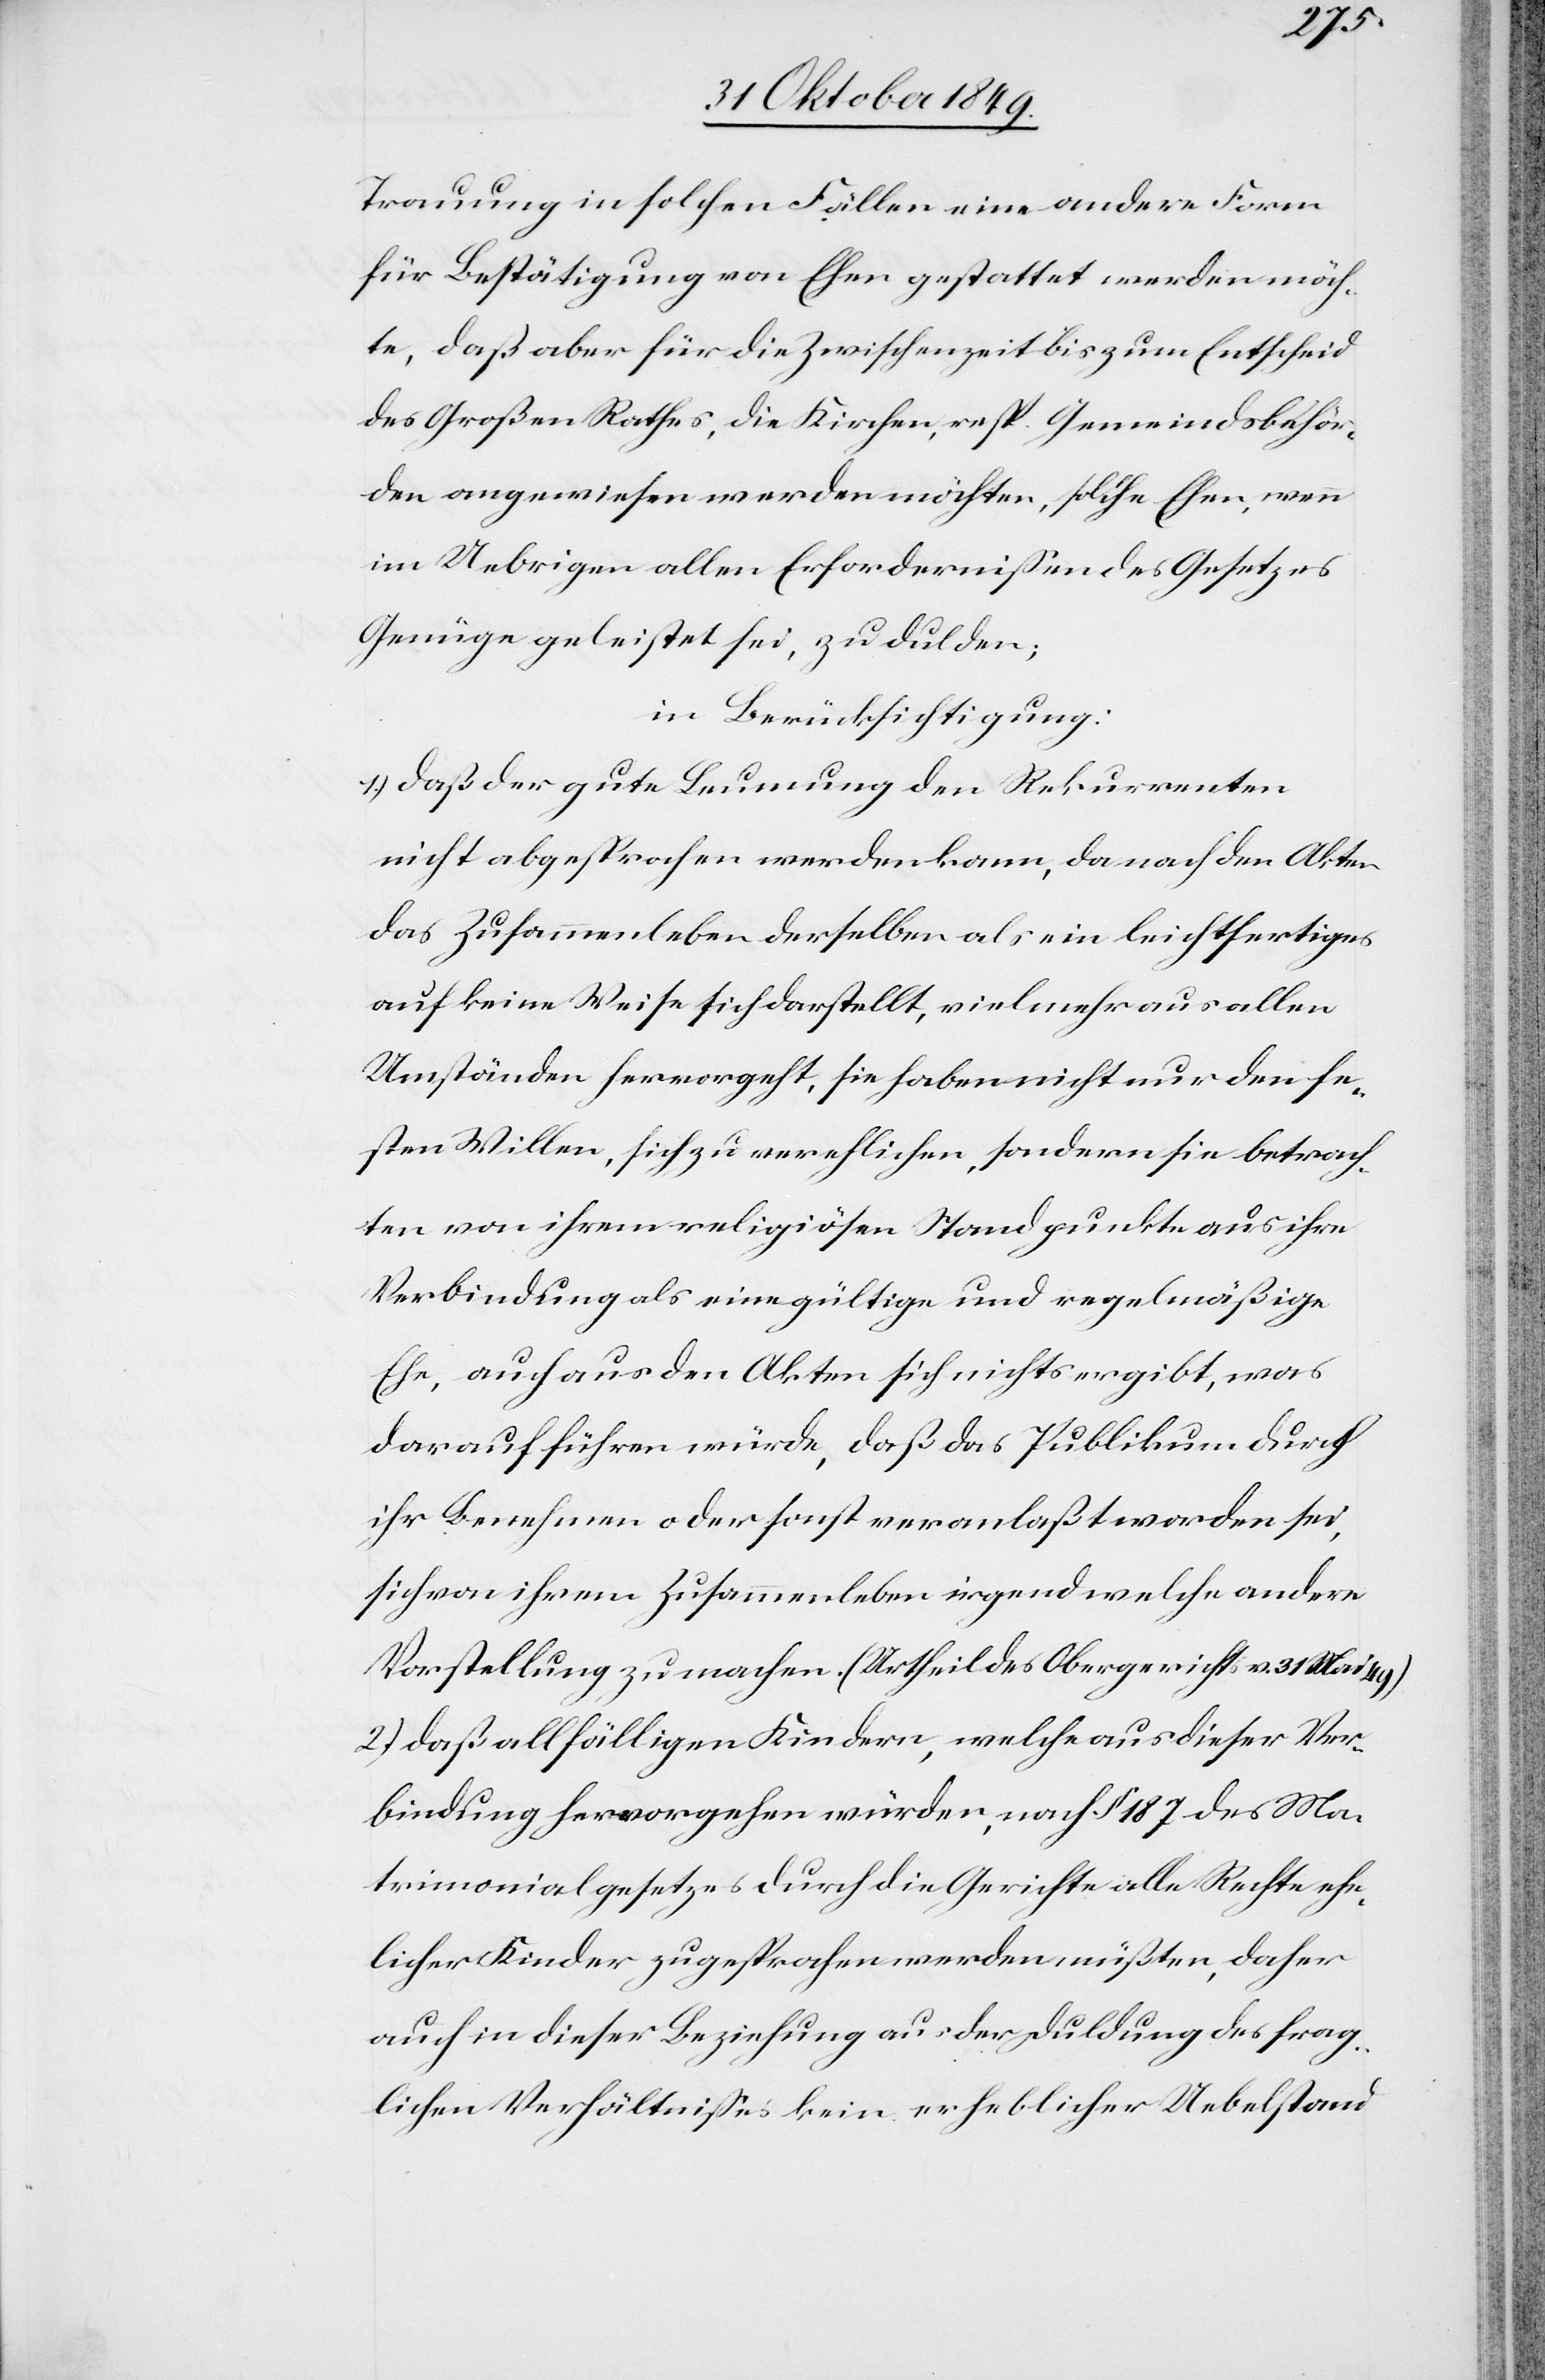
Trauung in solchen Fällen eine andere Form
für Bestätigung von Ehen gestattet werden möch¬
te, daß aber für die Zwischenzeit bis zum Entscheid
des Großen Rathes, die Kirchen, resp. Gemeindsbehör¬
den angewiesen werden möchten, solche Ehen, wenn
im Uebrigen allen Erfordernißen des Gesetzes
Genüge geleistet sei, zu dulden;
in Berücksichtigung:
1.) daß der gute Leumung [sic!] den Rekurrenten
nicht abgesprochen werden kann, da nach den Akten
das Zusammenleben derselben, als ein leichtfertiges
auf keine Weise sich darstellt, vielmehr aus allen
Umständen hervorgeht, sie haben nicht nur den fe¬
sten Willen, sich zu verehlichen sondern sie betrach¬
ten von ihrem religiösen Standpunkte aus ihre
Verbindung als eine gültige und regelmäßige
Ehe, auch aus den Akten sich nichts ergibt, was
ihr Benehmen oder sonst veranlaßt worden sei,
sich von ihrem Zusammenleben irgendwelche andere
Vorstellung zu machen. (Urtheil des Obergerichts v. 31 März
2.) daß allfälligen Kindern, welche aus dieser Ver¬
bindung hervorgehen würden, nach § 187 des Ma¬
trimonialgesetzes durch die Gerichte alle Rechte ehe¬
licher Kinder zugesprochen werden müßten, daher
auch in dieser Beziehung aus der Duldung des frag¬
lichen Verhältnißes kein erheblicher Uebelstand